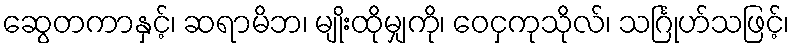
ဆွေတကာနှင့်၊ ဆရာမိဘ၊ မျိုးထိုမျှကို၊ ဝေငှကုသိုလ်၊ သင်္ဂြုဟ်သဖြင့်၊